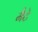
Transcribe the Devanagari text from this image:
मैटे